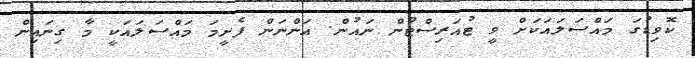
ކޮވިޑުގަ މައްސަލައަކަށް ވީ ޓުއަރިސްޓުން ނައުން. އަންނަން ފެށީމަ މައްސަލައަކީ މާ ގިނައިން